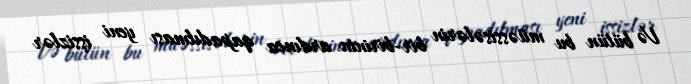
Və bütün bu müəssisələrin bir-birinin ardınca qapadılması yeni işsizlər